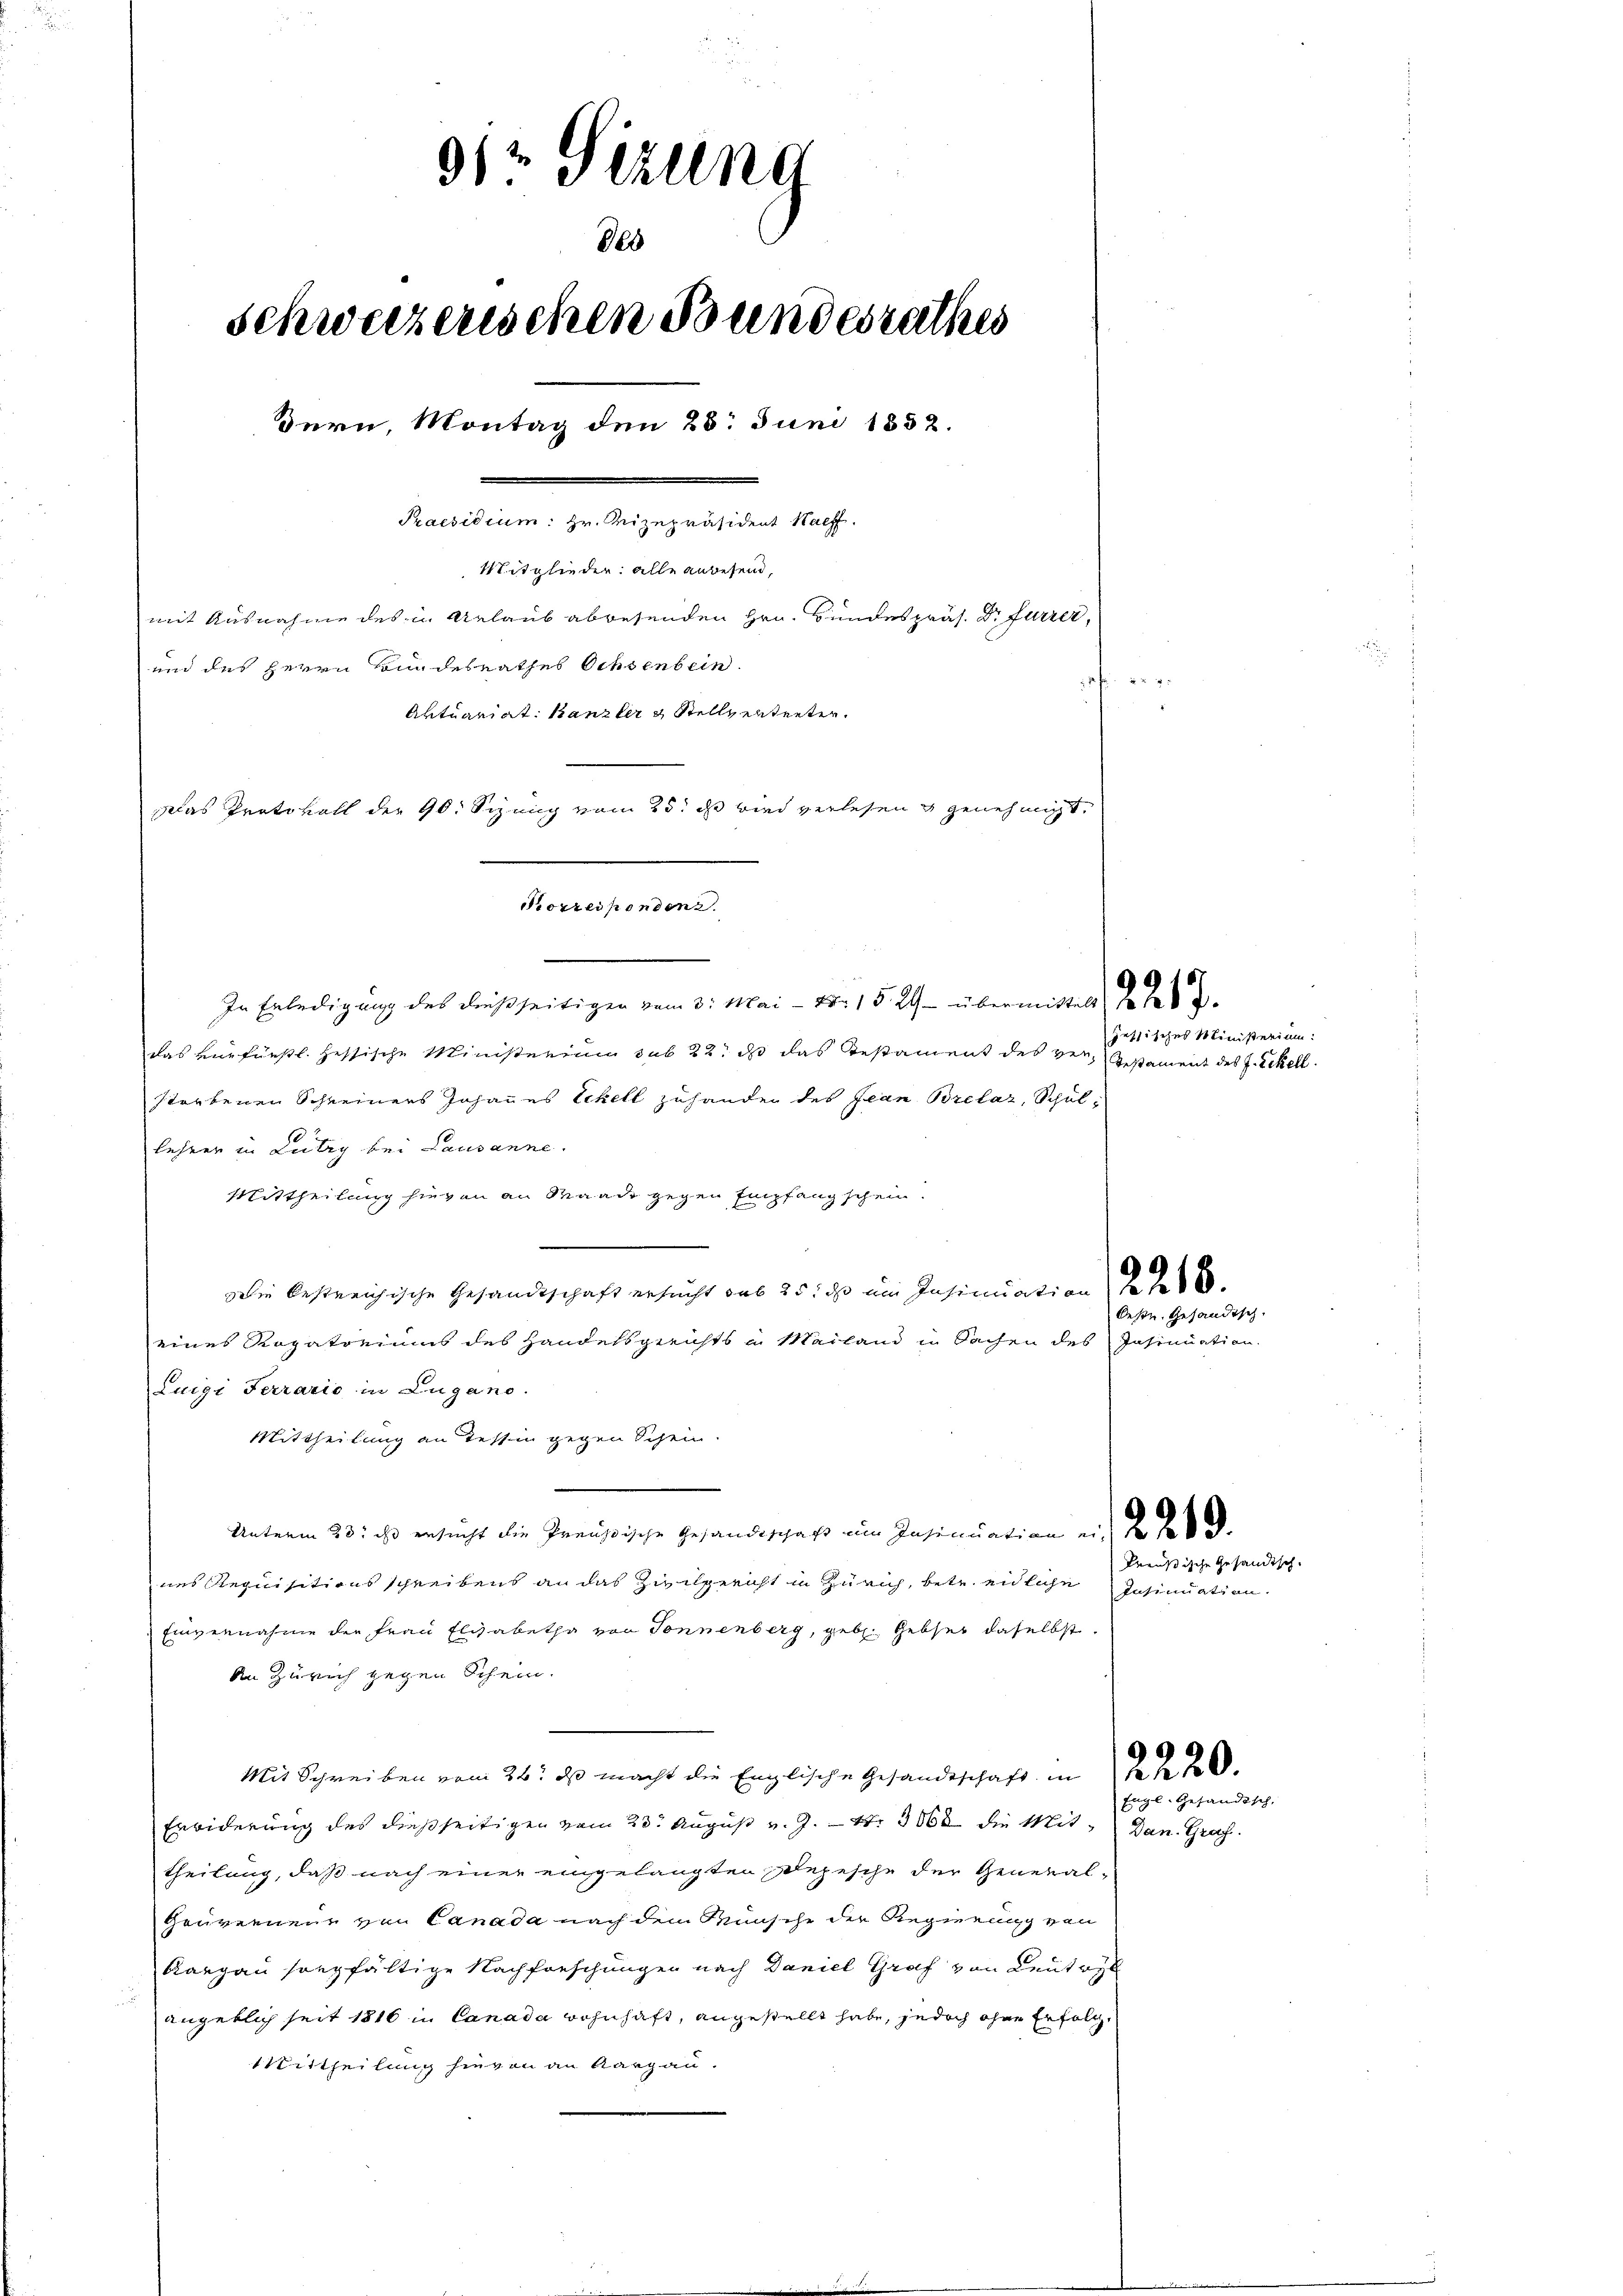
9) Sizung
820
schweizerischen Bundesrathes
Bern, Montag den 25. Juni 1852.
Praesidium: Hr. Vizepräsident Haeff.
Mitglieder: alle anwesend,
mit Ausnahme des in Urlaub abwesenden Hrn. Bundespräs. Dr Furrer,
und des Herrn Bundesrathes Ochsenbein

Aktuariat Kanzler & Stellvertreter.

Das Protokoll der 90. Sinnig vom 25. ihr wird verlesen genehmigt.

Korresponden.
In Erledigung des Freßseitigen vom 3. Mai - Nr. 1529 - übermittelt

das verfürstl. Hessische Ministerium sub 22. ds das Testament des ver-Gestament des J. Eckell
storbenen Schreiners Johannes Schell zuhander des Jean Brelaz, Schul-
lehrer in Lutry bei Lausanne.
Mittheilung hievon an Waadt gegen Empfang schein.
Die bestreichische Gesandtschaft ersucht das 25. ds im Insinuation
eines Rogatoriums des Handelsgerichts in Mailand in Sachen des Insinuation.
Luigi Ferrario in Lugano.
Mittheilung an Tessin gegen Schein.
Unterm 23. ist ersucht die Preußische Gesandtschaft um Insinuation eine
nes Requisitionsschreibens an das Zivilgericht in Zürich, betr. eidliche Insinuation.
Einvernahme der Frau Elisabetha von Tonnenberg, geb. Geber daselbst.
An Zürich gegen Schein.
Mit Schreiben vom 26. ds macht die Englische Gesandtschaft in den 20.
Erbiderung des dießseitigen vom 20. August v. J. 17. 3868 die Mit Dan. Graf
theilung, daß nach einer eingelangten Depesche der General-
Gouverneur von Canada nach dem Wünsche der Regierung von
Rargau sorgfältige Nachforschungen nach Daniel Graf von Leutwyl
i
angeklich seit 1816 in Canada wohnhaft, angestellt habe, jedoch ohne Erfolg¬
Mittheilung hievon an Aargau.

jessisches Ministerium:

Oeste, Gesandtsch.

Preußische Gesandtsche

Engl-Gesandtsch,